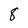
Character: 8